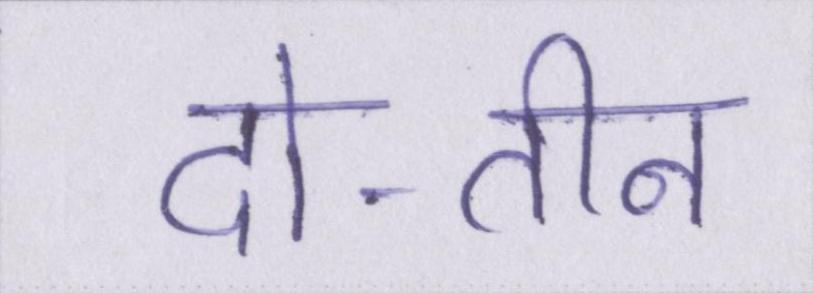
दो-तीन